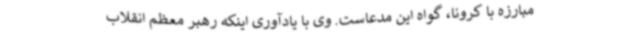
مبارزه با کرونا، گواه این مدعاست. وی با یادآوری اینکه رهبر معظم انقلاب